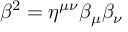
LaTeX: \beta ^ { 2 } = \eta ^ { \mu \nu } \beta _ { \mu } \beta _ { \nu }